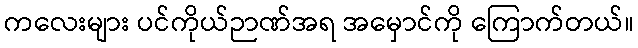
ကလေးများ ပင်ကိုယ်ဉာဏ်အရ အမှောင်ကို ကြောက်တယ်။